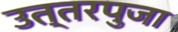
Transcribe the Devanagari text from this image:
उत्तरपुजा